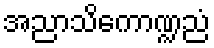
အညာသိကောဏ္ဍညံ